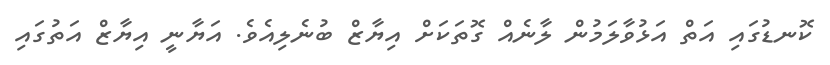
ކޮނޑުގައި އަތް އަޅުވާލަމުން ލާނެއް ގޮތަކަށް އިޔާޒް ބުނެލިއެވެ. އަޔާނީ އިޔާޒް އަތުގައި